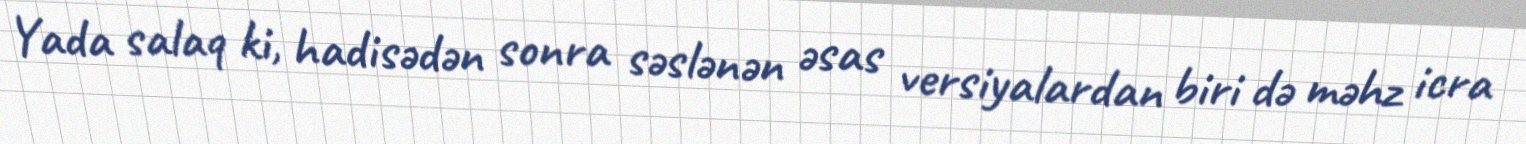
Yada salaq ki, hadisədən sonra səslənən əsas versiyalardan biri də məhz icra